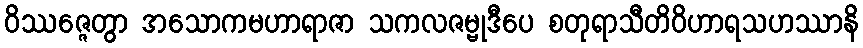
ဝိဿဇ္ဇေတွာ အသောကမဟာရာဇာ သကလဇမ္ဗုဒီပေ စတုရာသီတိဝိဟာရသဟဿာနိ